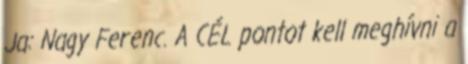
Ja: Nagy Ferenc. A CÉL pontot kell meghívni a